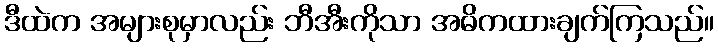
ဒီထဲက အများစုမှာလည်း ဘီအီးကိုသာ အဓိကထားချက်ကြသည်။